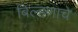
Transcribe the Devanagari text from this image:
बिल्हणाचे